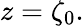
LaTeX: z=\zeta_{0}.